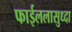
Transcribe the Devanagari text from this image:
फाईललासुध्दा